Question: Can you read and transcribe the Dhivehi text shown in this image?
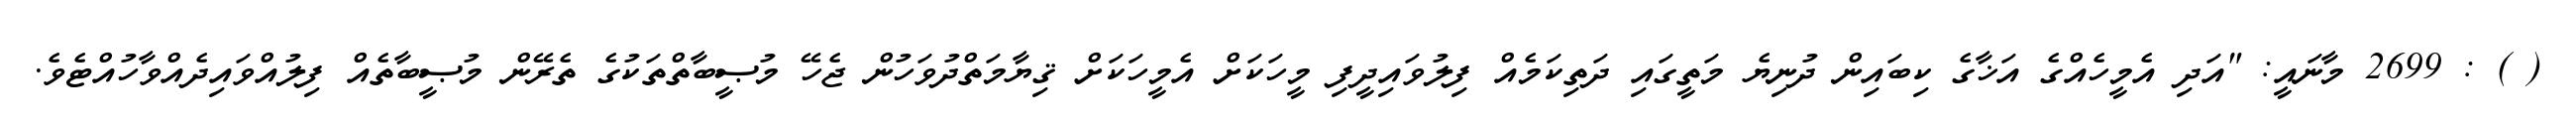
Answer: ( ) : 2699 މާނައީ: "އަދި އެމީހެއްގެ އަޚާގެ ކިބައިން ދުނިޔެ މަތީގައި ދަތިކަމެއް ފިލުވައިދީފި މީހަކަށް އެމީހަކަށް ޤިޔާމަތްދުވަހުން ޖެހޭ މުޞީބާތްތަކުގެ ތެރޭން މުޞީބާތެއް ފިލުއްވައިދެއްވާހުއްޓެވެ.